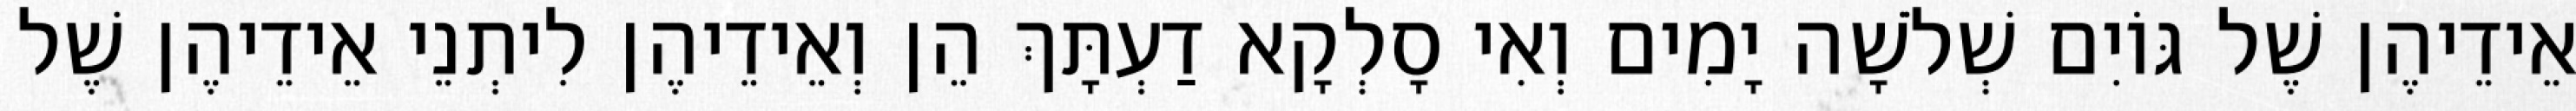
אֵידֵיהֶן שֶׁל גּוֹיִם שְׁלֹשָׁה יָמִים וְאִי סָלְקָא דַעְתָּךְ הֵן וְאֵידֵיהֶן לִיתְנֵי אֵידֵיהֶן שֶׁל